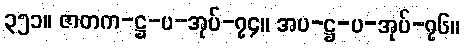
၃၅၁။ ဇာတက-ဋ္ဌ-ပ-အုပ်-၇၄။ အပ-ဋ္ဌ-ပ-အုပ်-၇၆။